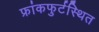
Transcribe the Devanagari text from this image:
फ्रांकफुर्टस्थित